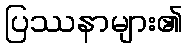
ပြဿနာများ၏